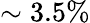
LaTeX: \sim 3.5\%